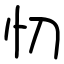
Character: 忉